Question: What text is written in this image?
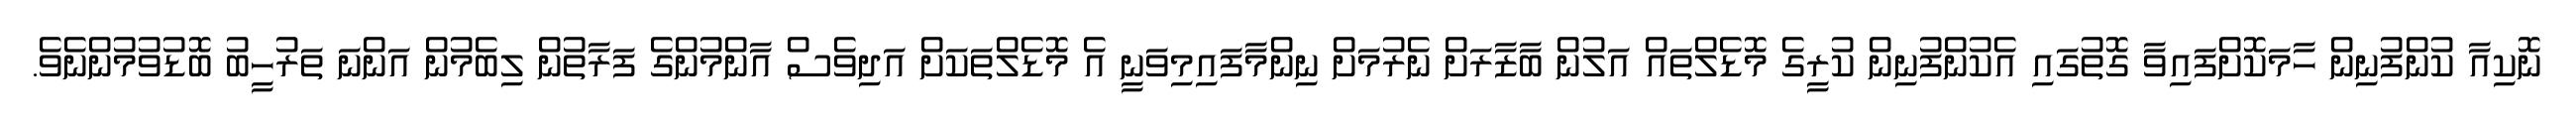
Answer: ނޮކިއާ ކުންފުނިން ހާމަކޮށްފައިވާ ގޮތުގައި އެކުންފުނިން ކުރީގެ މޮޑެލްތައް އަލުން ބާޒާރަށް ނެރުމަށް ނިންމާފައިމިވަނީ އެ މޮޑެލްތަކަށް އަދިވެސް އާންމުންގެ ފަރާތުން ލިބެމުން އަންނަ ތަރުހީބު ބޮޑުވުމުންނެވެ.